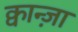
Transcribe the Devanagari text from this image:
क्वान्ज़ा